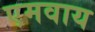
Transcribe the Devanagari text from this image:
एमवाय